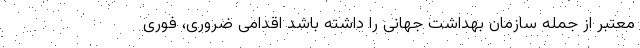
معتبر از جمله سازمان بهداشت جهانی را داشته باشد اقدامی ضروری، فوری